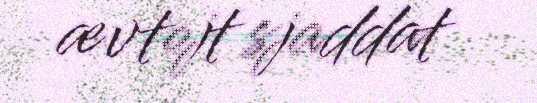
ævtojt sjaddat